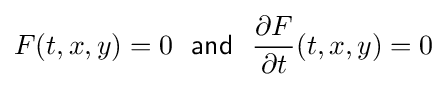
F(t,x,y)=0~~{\mathsf {and}}~~{\partial F \over \partial t}(t,x,y)=0